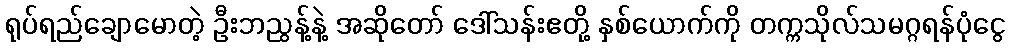
ရုပ်ရည်ချောမောတဲ့ ဦးဘညွန့်နဲ့ အဆိုတော် ဒေါ်သန်းဧတို့ နှစ်ယောက်ကို တက္ကသိုလ်သမဂ္ဂရန်ပုံငွေ